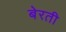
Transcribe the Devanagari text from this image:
बेरती